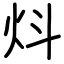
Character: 炓